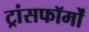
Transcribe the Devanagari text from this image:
ट्रांसफॉर्मों